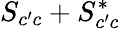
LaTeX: S_{c^{\prime}c}+S_{c^{\prime}c}^{*}